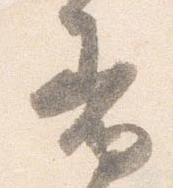
着